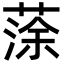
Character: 蒤